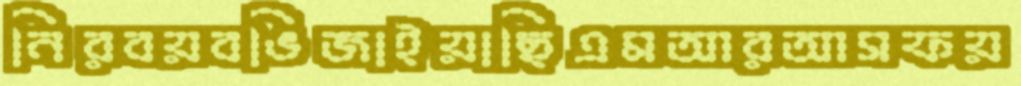
নিরবয়বভিজাইয়াছিএমআরআসফয়